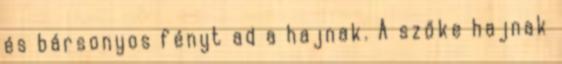
és bársonyos fényt ad a hajnak. A szőke hajnak